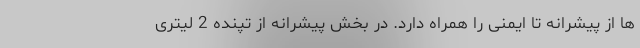
ها از پیشرانه تا ایمنی را همراه دارد. در بخش پیشرانه از تپنده 2 لیتری